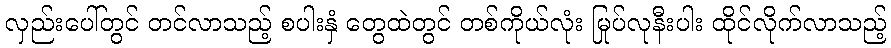
လှည်းပေါ်တွင် တင်လာသည့် စပါးနှံ တွေထဲတွင် တစ်ကိုယ်လုံး မြုပ်လုနီးပါး ထိုင်လိုက်လာသည့်